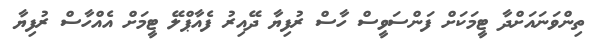
ތިންވަނައަށްދާ ޓީމަކަށް ފަންސަވީސް ހާސް ރުފިޔާ ދޭއިރު ފެއާޕްލޭ ޓީމަށް އެއްހާސް ރުފިޔާ